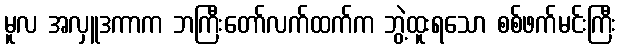
မူလ အလှူဒကာက ဘကြီးတော်လက်ထက်က ဘွဲ့ထူးရသော စစ်ဖက်မင်းကြီး